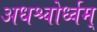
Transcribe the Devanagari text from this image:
अधश्चोर्ध्वम्